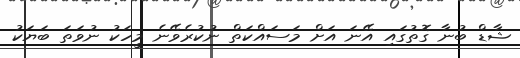
ޝާޑް ބުނާ ގޮތުގައި އޭނަ އަށް މަސައްކަތް ނުކުރެވޭނެ މީހަކު ނުވަތަ ބަޔަކު